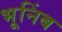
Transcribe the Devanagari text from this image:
भूनिंब